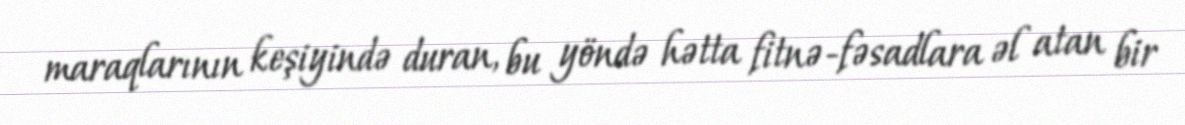
maraqlarının keşiyində duran, bu yöndə hətta fitnə-fəsadlara əl atan bir